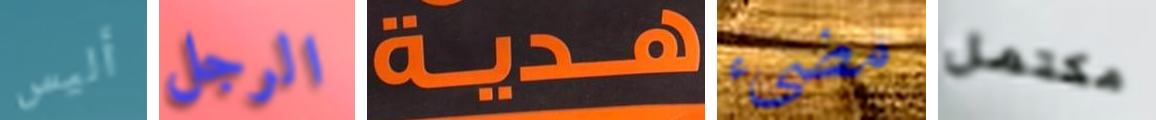
أليس الرجل هدية مضيء مكتمل